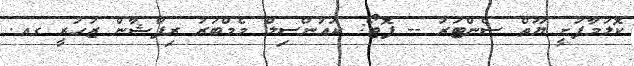
ކޮލަމާފުށީ ޔޫތް ސެންޓަރު -- ފޮޓޯ: ކައުންސިލް މެމްބަރު ރިފްޝާން ޒުހުރީ ގއ.